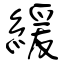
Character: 緩